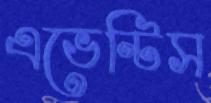
এভেন্টিস